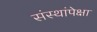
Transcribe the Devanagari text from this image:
संस्थांपेक्षा